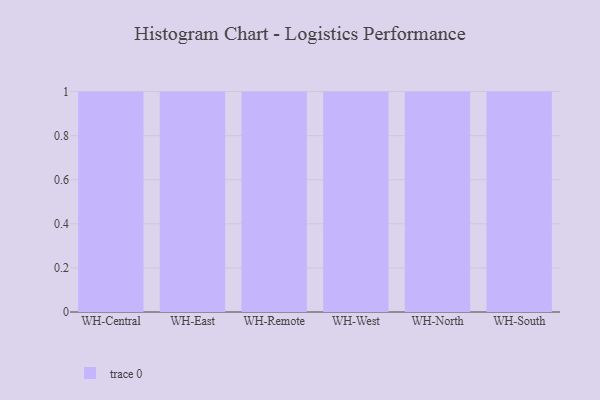
{"axis": {"x": "Warehouse", "y": "Waste Production (Tons)"}, "legend": [""], "data": [{"x": "WH-Central", "y": 45, "type": ""}, {"x": "WH-East", "y": 61, "type": ""}, {"x": "WH-Remote", "y": 16, "type": ""}, {"x": "WH-West", "y": 35, "type": ""}, {"x": "WH-North", "y": 85, "type": ""}, {"x": "WH-South", "y": 86, "type": ""}]}